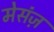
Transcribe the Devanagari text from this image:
मेसंज़